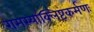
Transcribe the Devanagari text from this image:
रामस्याक्लिष्टकर्मणः